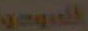
المروجي